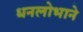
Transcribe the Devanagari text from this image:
धनलोभाने